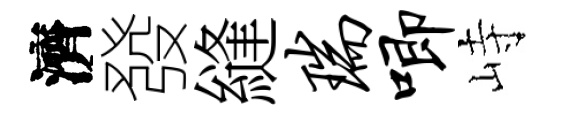
濟發縫瑞唧峙